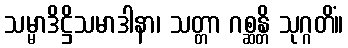
သမ္မာဒိဋ္ဌိသမာဒါနာ၊ သတ္တာ ဂစ္ဆန္တိ သုဂ္ဂတိံ။